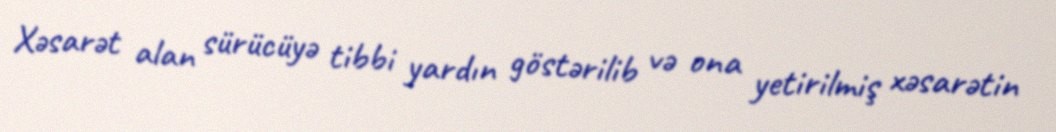
Xəsarət alan sürücüyə tibbi yardın göstərilib və ona yetirilmiş xəsarətin